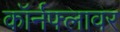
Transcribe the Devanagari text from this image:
कॉर्नफ्लावर